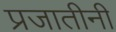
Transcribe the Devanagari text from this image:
प्रजातीनी